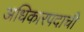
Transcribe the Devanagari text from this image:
अधिकारपदाची